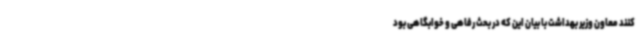
کنند معاون وزیر بهداشت با بیان این که در بحث رفاهی و خوابگاهی بود